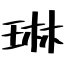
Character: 琳